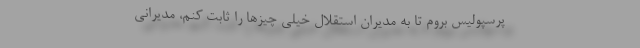
پرسپولیس بروم تا به مدیران استقلال خیلی چیزها را ثابت کنم، مدیرانی